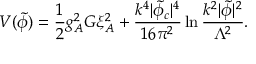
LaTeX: V ( \tilde { \phi } ) = { \frac { 1 } { 2 } } g _ { A } ^ { 2 } G \xi _ { A } ^ { 2 } + { \frac { k ^ { 4 } \vert \tilde { \phi } _ { c } \vert ^ { 4 } } { 1 6 \pi ^ { 2 } } } \ln { \frac { k ^ { 2 } \vert \tilde { \phi } \vert ^ { 2 } } { \Lambda ^ { 2 } } } .